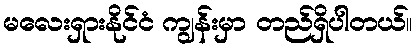
မလေးရှားနိုင်ငံ ကျွန်းမှာ တည်ရှိပါတယ်။